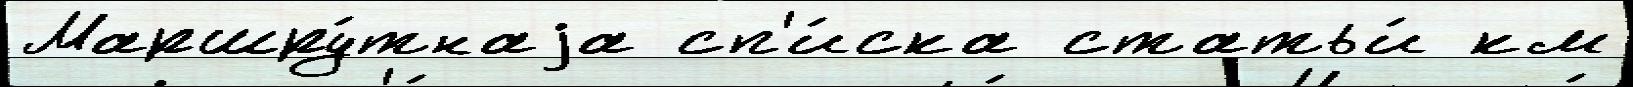
Маршру́тнаjа сп'и́ска статьи́ км